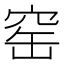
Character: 窑